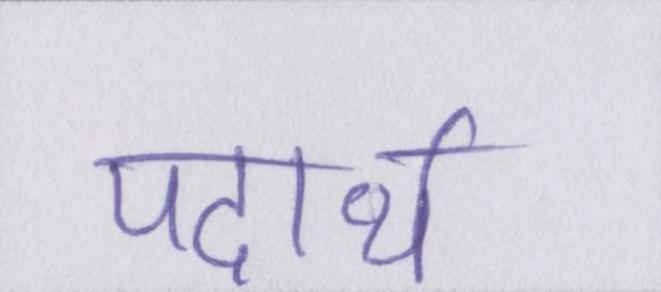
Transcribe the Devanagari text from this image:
पदार्थ